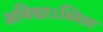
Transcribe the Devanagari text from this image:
अविद्याऽस्मिता